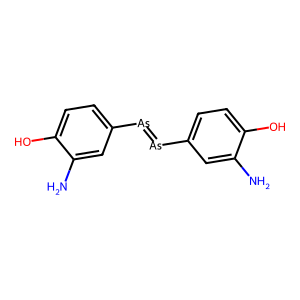
SMILES: Nc1cc([As]=[As]c2ccc(O)c(N)c2)ccc1O
Inhibits HIV replication: No